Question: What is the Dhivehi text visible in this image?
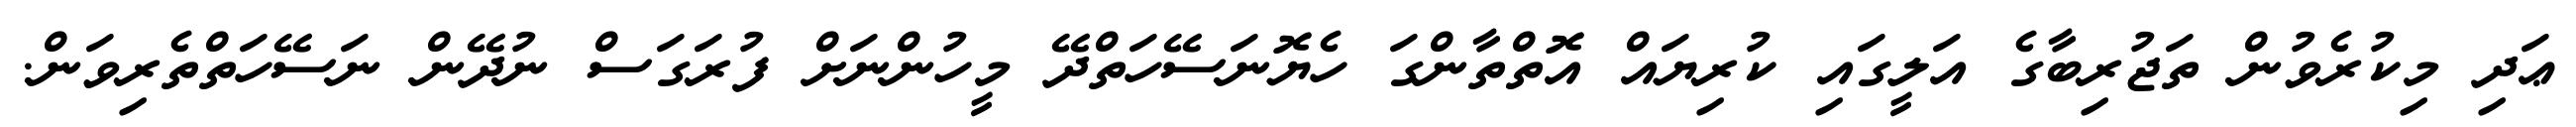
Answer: ޢަދި މިކުރެވުން ތަޖުރިބާގެ އަލީގައި ކުރިޔައް އޮތްތާންގަ ހެޔޮނަސޭހަތްދޭ މީހުންނަށް ފުރަގަސް ނުދޭން ނަސޭހަތްތެރިވަން.